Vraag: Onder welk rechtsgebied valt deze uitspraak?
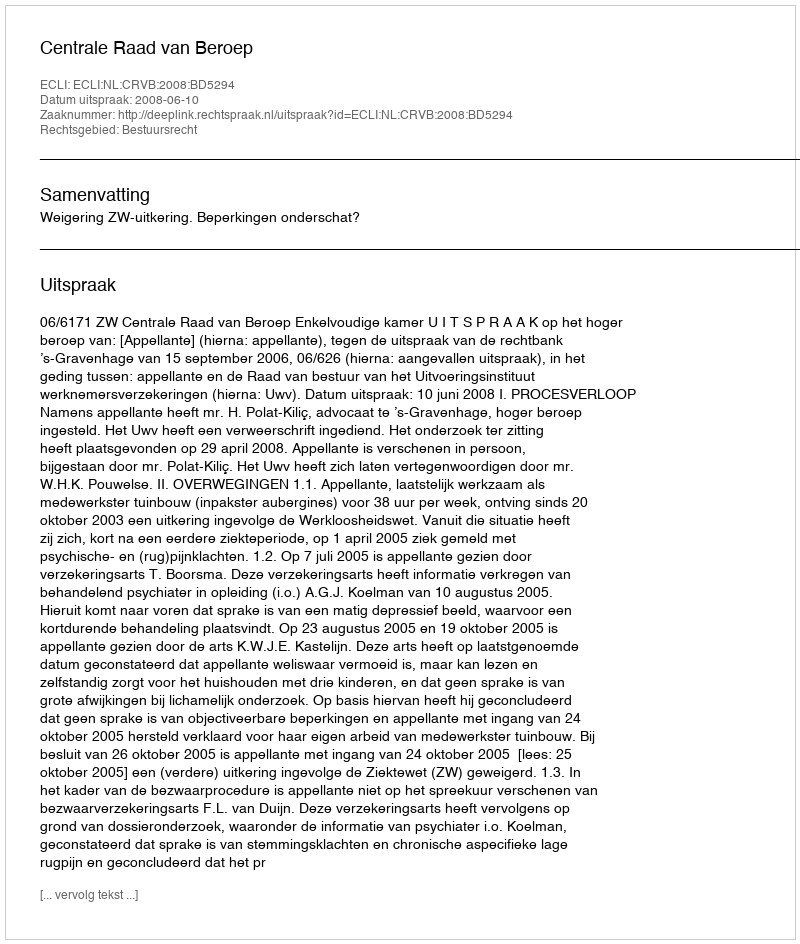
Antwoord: Bestuursrecht